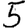
Digit: 5